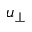
u _ { \bot }